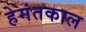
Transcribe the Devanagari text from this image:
हेमंतकाल